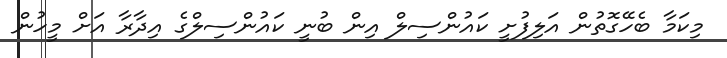
މިކަމާ ބެހޭގޮތުން އަލިފުށީ ކައުންސިލް އިން ބުނީ ކައުންސިލްގެ އިދާރާ އަށް މީހުން